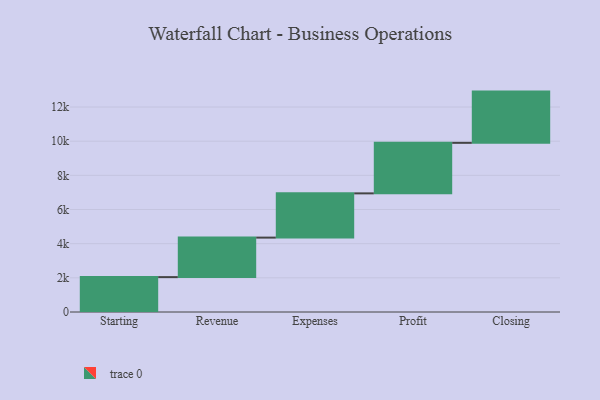
{"axis": {"x": "Step", "y": "Value"}, "legend": [""], "data": [{"x": "Starting", "y": 2042.0, "type": ""}, {"x": "Revenue", "y": 2313.0, "type": ""}, {"x": "Expenses", "y": 2590.0, "type": ""}, {"x": "Profit", "y": 2958.0, "type": ""}, {"x": "Closing", "y": 3000, "type": ""}]}